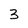
Character: 3